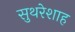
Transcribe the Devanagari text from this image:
सुथरेशाह